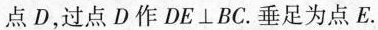
点D，过点D作DE\bot BC.垂足为点E.